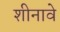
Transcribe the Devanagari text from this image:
शीनावे